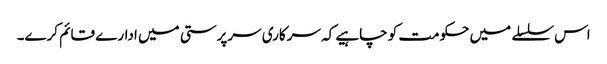
اس سلسلے میں حکومت کو چاہیے کہ سرکاری سرپرستی میں ادارے قائم کرے۔